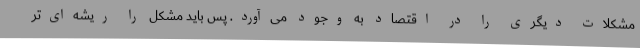
مشکلات دیگری را در اقتصاد به وجود می‌آورد. پس باید مشکل را ریشه‌ای‌تر